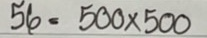
56 = 500 x 500